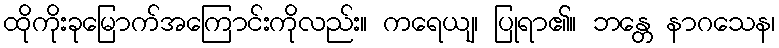
ထိုကိုးခုမြောက်အကြောင်းကိုလည်း။ ကရေယျ၊ ပြုရာ၏။ ဘန္တေ နာဂသေန၊